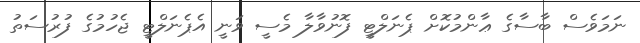
ނަމަވެސް ބާސާގެ ޢާންމުކޮށް ޕެނަލްޓީ ފޮނުވާލާ މެސީ ވަނީ އެޕެނަލްޓީ ޖެހުމުގެ ފުރުސަތު